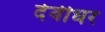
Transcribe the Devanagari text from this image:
देवीधर